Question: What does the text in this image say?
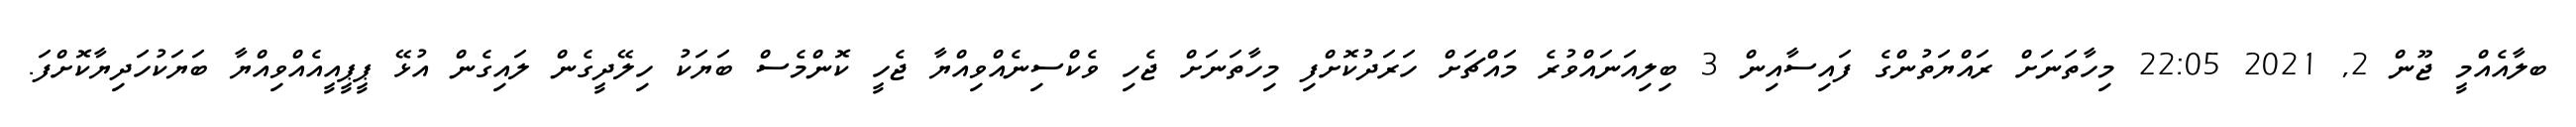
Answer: ބލާއެއްމީ ޖޫން 2, 2021 22:05 މިހާތަނަށް ރައްޔަތުންގެ ފައިސާއިން 3 ބިލިއަނައްވުރެ މައްޗަށް ހަރަދުކޮށްފި މިހާތަނަށް ޖެހި ވެކްސިނެއްވިއްޔާ ޖެހީ ކޮންމެސް ބަޔަކު ހިލޭދީގެން ލައިގެން އުޅޭ ޕީޕީއީއެއްވިއްޔާ ބަޔަކުހަދިޔާކޮށްފަ.